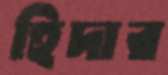
হিদার